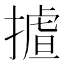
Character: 𢳛